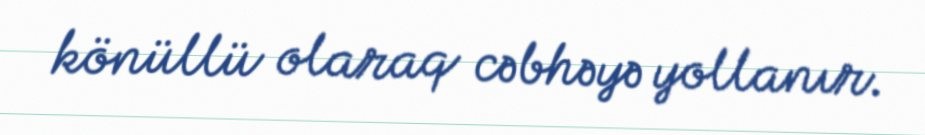
könüllü olaraq cəbhəyə yollanır.